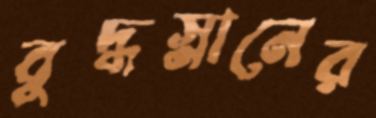
বুদ্ধস্নানের